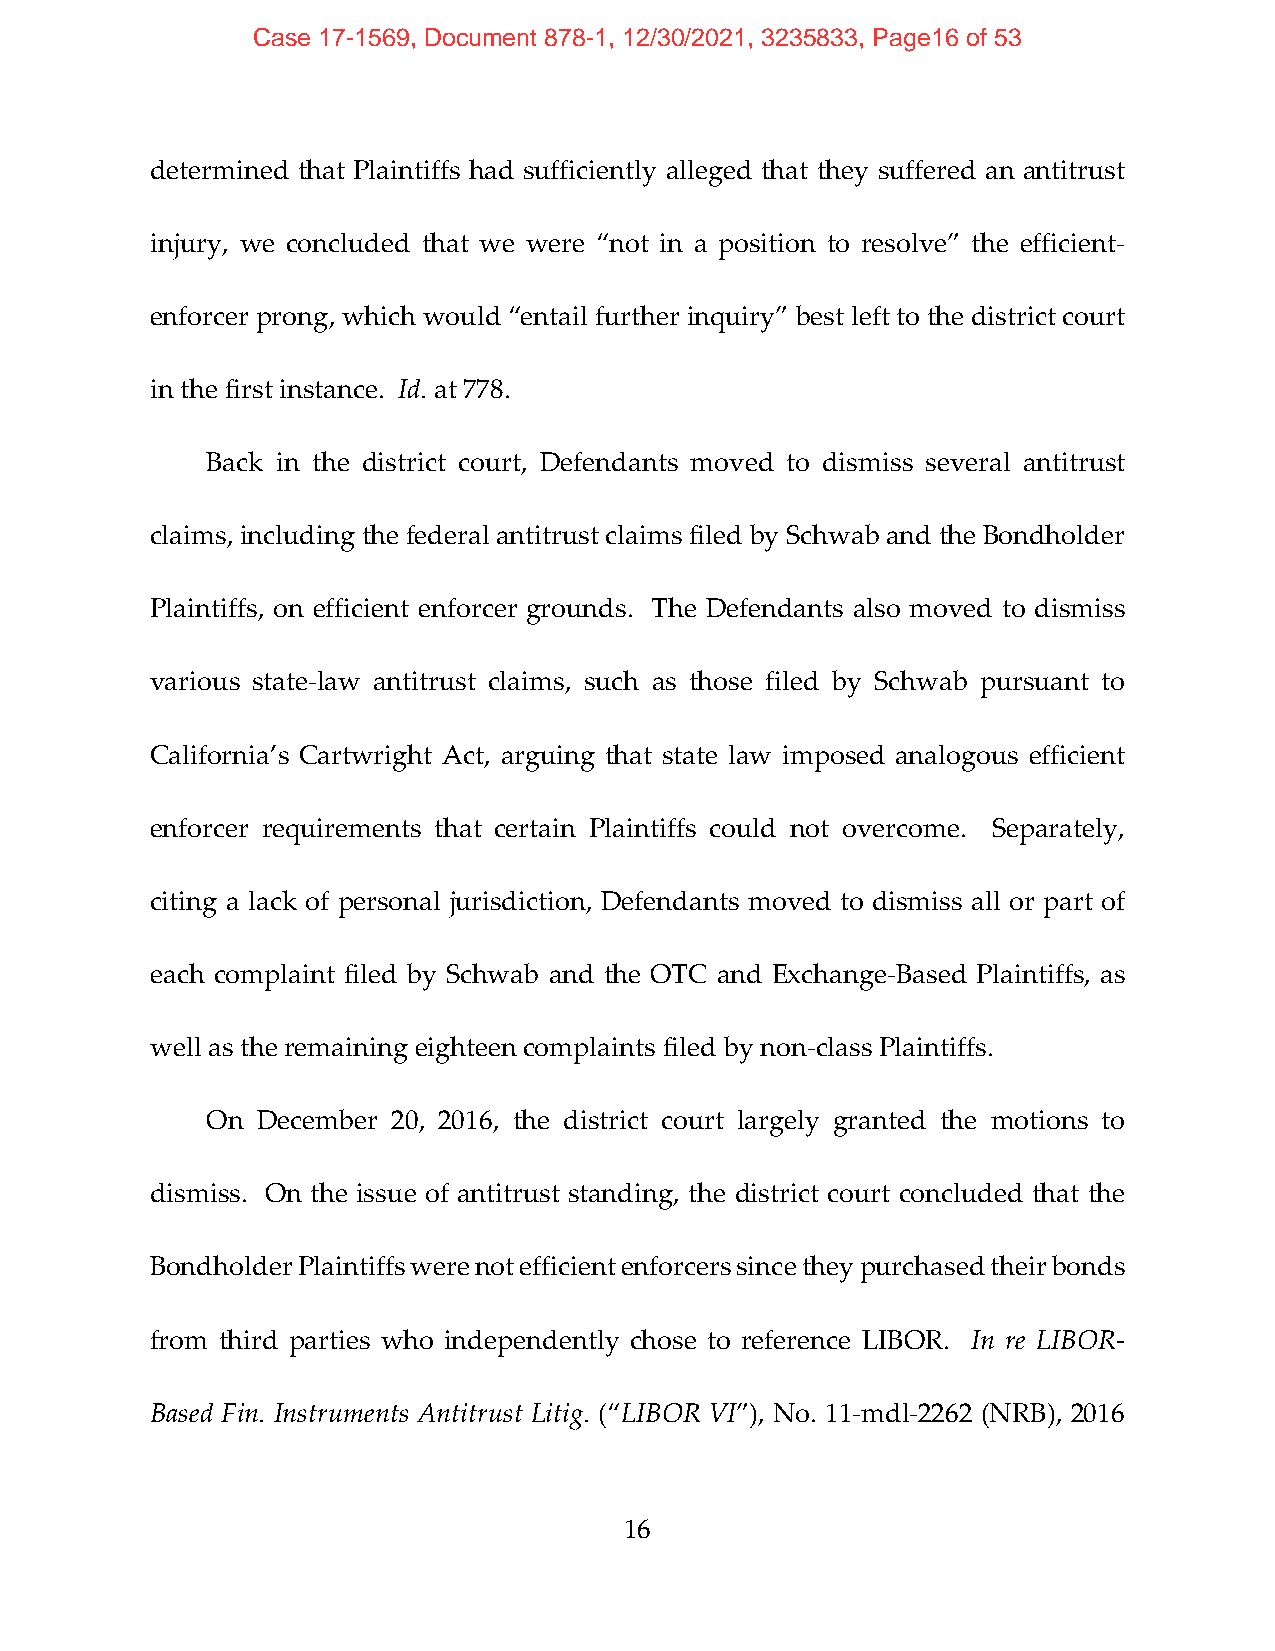
Case 17-1569, Document 878-1, 12/30/2021, 3235833, Page16 of 53
 determined that Plaintiffs had sufficiently alleged that they suffered an antitrust
 injury, we concluded that we were “not in a position to resolve” the efficient‐
 enforcer prong, which would “entail further inquiry” best left to the district court
 in the first instance. Id. at 778.
 Back in the district court, Defendants moved to dismiss several antitrust
 claims, including the federal antitrust claims filed by Schwab and the Bondholder
 Plaintiffs, on efficient enforcer grounds. The Defendants also moved to dismiss
 various state‐law antitrust claims, such as those filed by Schwab pursuant to
 California’s Cartwright Act, arguing that state law imposed analogous efficient
 enforcer requirements that certain Plaintiffs could not overcome. Separately,
 citing a lack of personal jurisdiction, Defendants moved to dismiss all or part of
 each complaint filed by Schwab and the OTC and Exchange‐Based Plaintiffs, as
 well as the remaining eighteen complaints filed by non‐class Plaintiffs.
 On December 20, 2016, the district court largely granted the motions to
 dismiss. On the issue of antitrust standing, the district court concluded that the
 Bondholder Plaintiffs were not efficient enforcers since they purchased their bonds
 from third parties who independently chose to reference LIBOR. In re LIBOR‐
 Based Fin. Instruments Antitrust Litig. (“LIBOR VI”), No. 11‐mdl‐2262 (NRB), 2016
 16